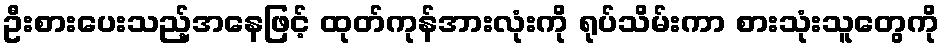
ဦးစားပေးသည့်အနေဖြင့် ထုတ်ကုန်အားလုံးကို ရုပ်သိမ်းကာ စားသုံးသူတွေကို